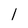
Character: 1